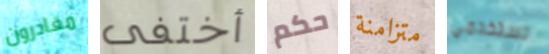
مغادرون أختفى حكم متزامنة تستخدمي